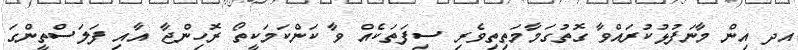
އދ އިން މާނަފުޅުކުރައްވާ ގޮތުގަމާމަތިތިވެރި ސިފަތަކެއް ވާ ކަންކަމަކީތޯ ރޮހިންޖާ އާއި ފަލަސްތީންގަ